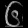
Digit: ၆